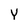
Character: Y